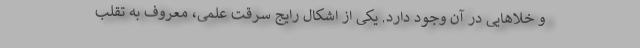
و خلاهایی در آن وجود دارد. یکی از اشکال رایج سرقت علمی، معروف به تقلب